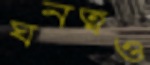
ঘনত্বও